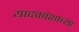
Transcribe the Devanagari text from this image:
यादववंशाच्या